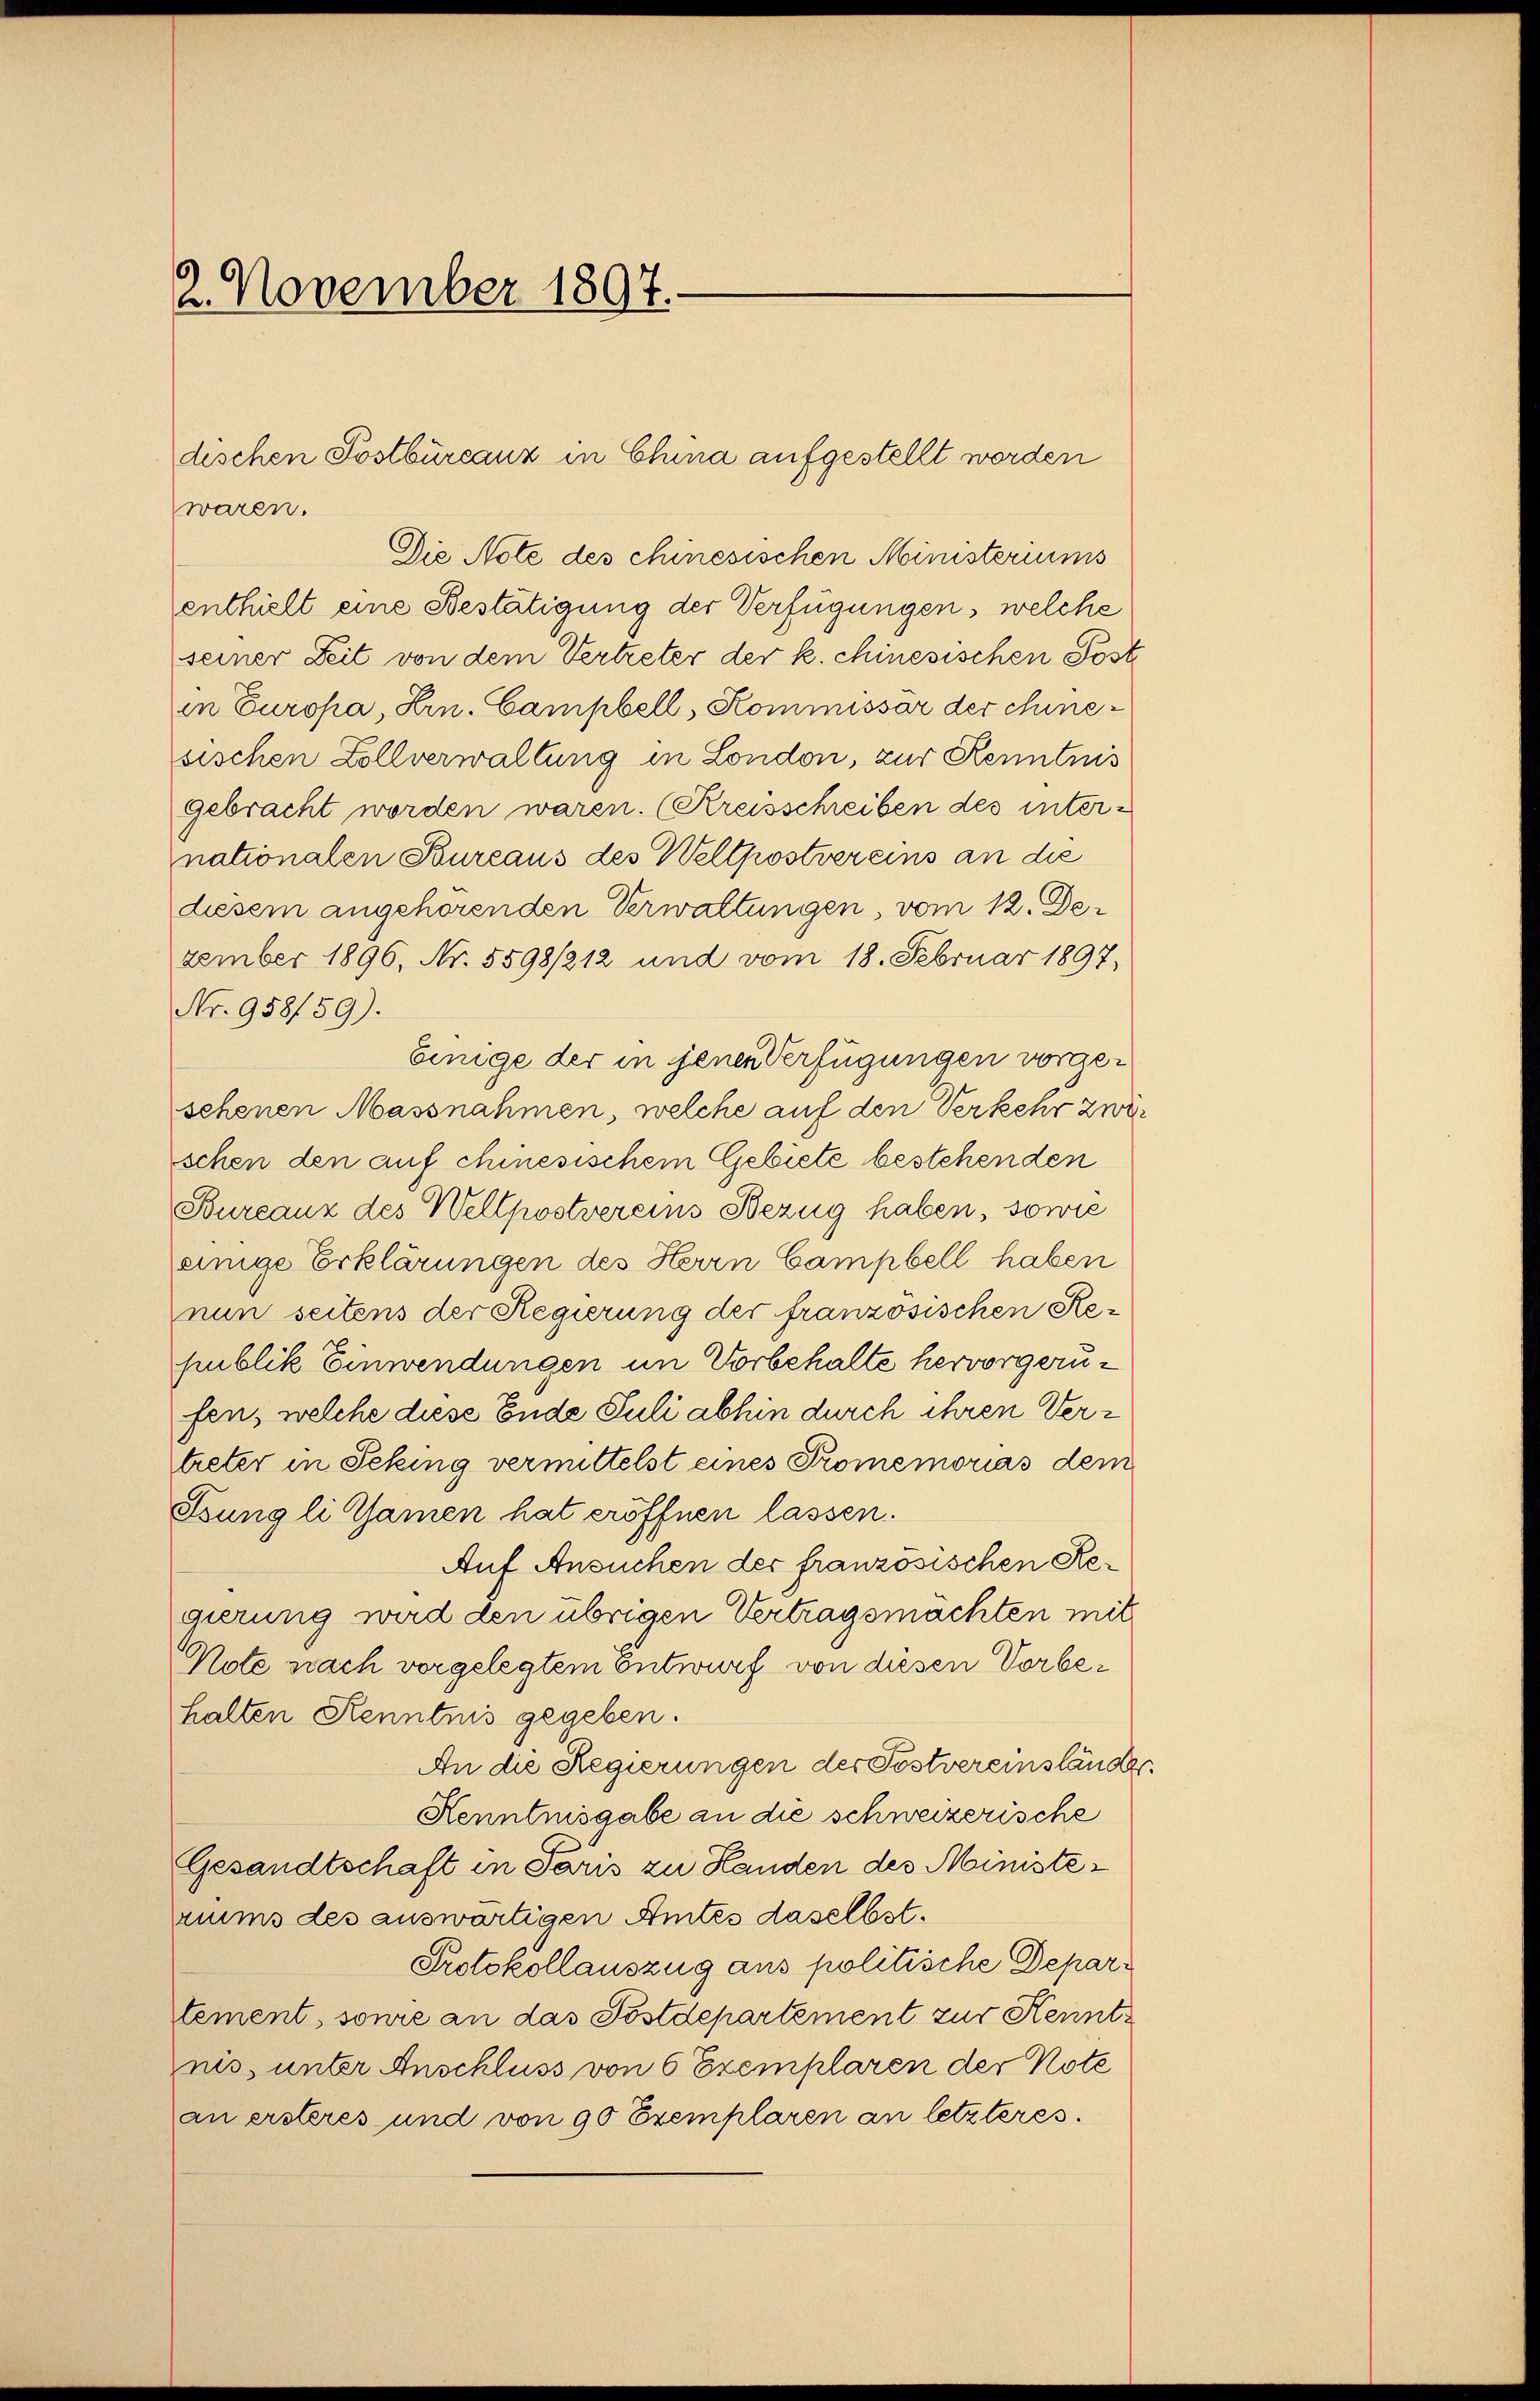
2. November 1897.

dischen Postbureauz in China aufgestellt werden
waren.

Die Note des chinesischen Ministeriums
enthielt eine Bestätigung der Verfügungen, welche
seiner Zeit von dem Vertreter der k. chinesischen Postin Europa, Hrn. Campbell, Kommissar der chinesischen Zollverwaltung in London, zur Kenntnis
gebracht worden waren. (Kreisschreiben des internationalen Bureaus des Weltpostvereins an die
diesem angehörenden Verwaltungen, vom 12. Dezember 1896, Nr. 5598/212 und vom 18. Februar 1897,
Nr. 958/59).
Einige der in jenen Verfügungen vorgesehenen Massnahmen, welche auf den Verkehr zwei
schen den auf chinesischem Gebiete bestehenden
Bureaux des Wellpostvereins Bezug haben, sowie
einige Erklärungen des Herrn Campbell haben
nun seitens der Regierung der französischen Republik Einwendungen im Vorbehalte hervorgerufen, welche diese Ende Juli abhin durch ihren Vertreter in Sching vermittelst eines Promemorias dem
Ssung li tamen hat eröffnen lassen.
Auf Ansuchen der französischen Regierung wird den übrigen Vertragsmachten mit
Note nach vorgelegtem Entwurf von diesen Vorbehalten Kenntnis gegeben.
An die Regierungen der Postvereinständer
Kenntnisgabe an die schweizerische
Gesandtschaft in Paris zu Handen des Ministeriums des auswärtigen Amtes daselbst.
Protokollauszug aus politische Deparstement, sowie an das Postdepartement zur Kenntnis, unter Anschluss von 6 Exemplaren der Note
an ersteres und von 90 Exemplaren an letzteres.